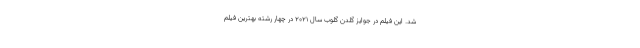
شد. این فیلم در جوایز گلدن گلوب سال ۲۰۲۱ در چهار رشته بهترین فیلم